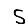
Digit: 5